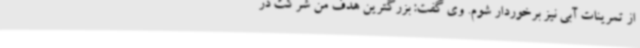
از تمرینات آبی نیز برخوردار شوم. وی گفت: بزرگترین هدف من شرکت در